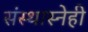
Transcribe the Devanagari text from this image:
संस्थास्नेही